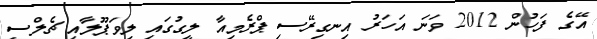
އޭގެ ފަހުން 2012 ވަނަ އަހަރު އިނގިރޭސި ޕްރެމިއާ ލީގުގައި ލިވަޕޫލާއި ޗެލްސީ